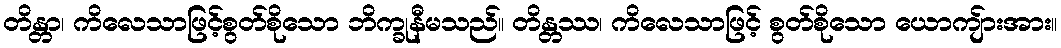
တိန္တာ၊ ကိလေသာဖြင့်စွတ်စိုသော ဘိက္ခုနီမသည်။ တိန္တဿ၊ ကိလေသာဖြင့် စွတ်စိုသော ယောကျ်ားအား။